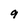
Character: 9